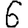
Digit: 6